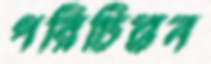
পরিচিন্তন